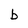
Character: b